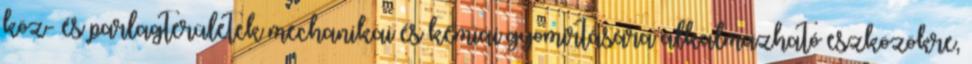
köz- és parlagterületek mechanikai és kémiai gyomirtására alkalmazható eszközökre,